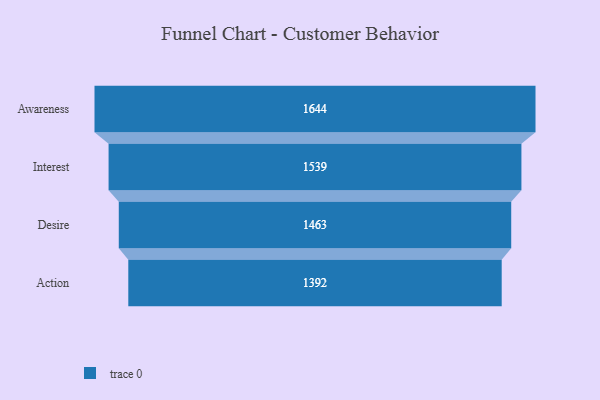
{"axis": {"x": "Stage", "y": "Value"}, "legend": [""], "data": [{"x": "Awareness", "y": 1644.0, "type": ""}, {"x": "Interest", "y": 1539.0, "type": ""}, {"x": "Desire", "y": 1463.0, "type": ""}, {"x": "Action", "y": 1392.0, "type": ""}]}